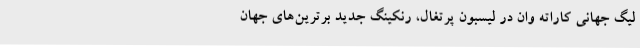
لیگ جهانی کاراته وان در لیسبون پرتغال، رنکینگ جدید برترین‌های جهان